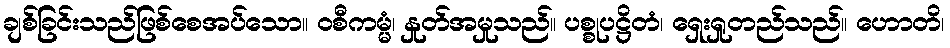
ချစ်ခြင်းသည်ဖြစ်စေအပ်သော။ ဝစီကမ္မံ၊ နှုတ်အမှုသည်။ ပစ္စုပဋ္ဌိတံ၊ ရှေးရှုတည်သည်။ ဟောတိ၊